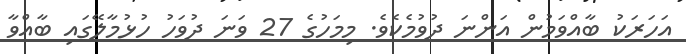
އަހަރަކު ބާއްވަމުން އަންނަ ދުވުމެކެވެ. މިމަހުގެ 27 ވަނަ ދުވަހު ހުޅުމާލޭގައި ބާއްވާ